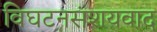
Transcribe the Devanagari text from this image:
विघटनसंशयवाद